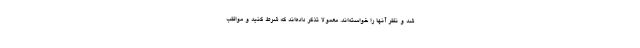
شد و نظر آنها را خواسته‌اند. معمولا تذكر داده‌اند كه شرط كنید و مواظب